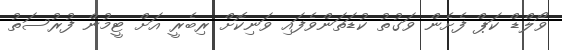
ވޯލްޑް ކަޕް ފެށެން ވަގުތު ކުޑަތަންވެފައި ވަނިކޮށް ރިބެރީ އަށް ޓީމުން ފުރުސަތު